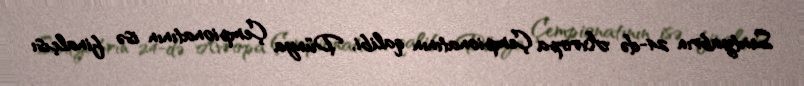
Sentyabrın 24-də Avropa Çempionatının qalibi, Dünya Çempionatının isə finalçısı